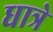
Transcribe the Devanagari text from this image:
धात्रे